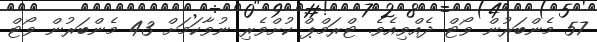
57 މެންބަރުން ވޯޓް ދެއްވިއެވެ. ޓްރަމްޕް ކުށްވެރި ނުވާކަމަށް 43 މެންބަރުން ވޯޓް